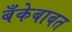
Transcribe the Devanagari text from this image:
बँकेबाबत